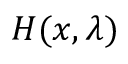
H ( x , \lambda )